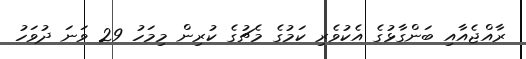
ރާއްޖެއާއި ބަންގާޅުގެ އެކުވެރި ކަމުގެ މެޗުގެ ކުރިން މިމަހު 29 ވަނަ ދުވަހު